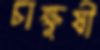
চাক্ষুষী